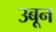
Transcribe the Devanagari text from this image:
उबून